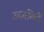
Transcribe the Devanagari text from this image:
उदयमियों